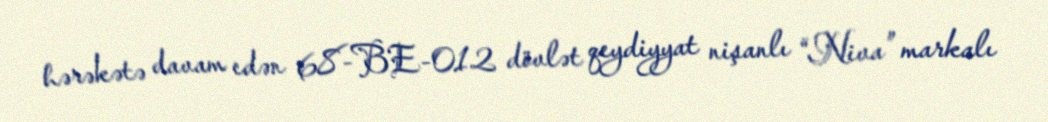
hərəkətə davam edən 68-BE-012 dövlət qeydiyyat nişanlı “Niva” markalı